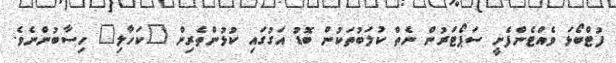
ފުޓްބޯޅަ ވެއްޓެންފެށީ ސަޕޯޓަރުން ނެތް ކުލަބުތަކުން ބޮޑު އަގުގައި ކުޅުންތެރިން "ކަހާލި" ހިސާބުންނެވެ.